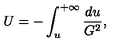
U = - \int _ { u } ^ { + \infty } \frac { d u } { G ^ { 2 } } ,